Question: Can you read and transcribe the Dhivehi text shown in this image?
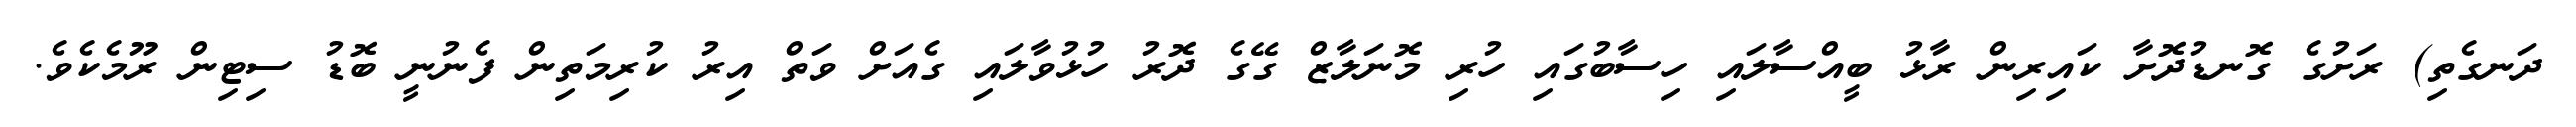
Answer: ދަނގެތި) ރަށުގެ ގޮނޑުދޮށާ ކައިރިން ރާޅު ބީއްސާލައި ހިސާބުގައި ހުރި މޮނަލާޒް ގޭގެ ދޮރު ހުޅުވާލައި ގެއަށް ވަތް އިރު ކުރިމަތިން ފެނުނީ ބޮޑު ސިޓިން ރޫމެކެވެ.